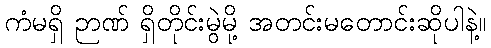
ကံမရှိ ဉာဏ် ရှိတိုင်းမွဲမို့ အတင်းမတောင်းဆိုပါနဲ့။